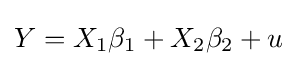
Y=X_{1}\beta _{1}+X_{2}\beta _{2}+u